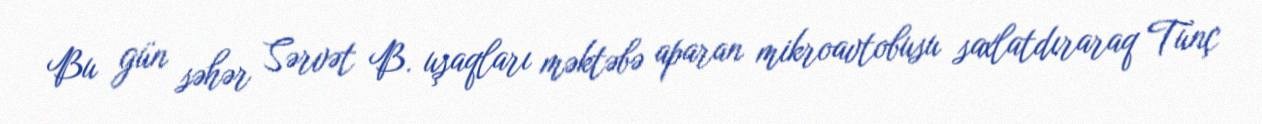
Bu gün səhər Sərvət B. uşaqları məktəbə aparan mikroavtobusu saxlatdıraraq Tunç